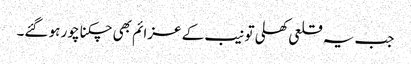
جب یہ قلعی کھلی تو نیب کے عزائم بھی چکنا چور ہو گئے۔